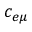
\ensuremath { c _ { e \mu } }